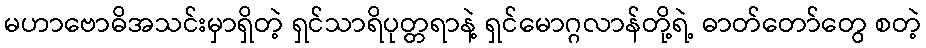
မဟာဗောဓိအသင်းမှာရှိတဲ့ ရှင်သာရိပုတ္တရာနဲ့ ရှင်မောဂ္ဂလာန်တို့ရဲ့ ဓာတ်တော်တွေ စတဲ့